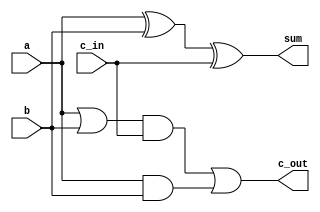
module full_adder_gate(a, b ,c_in, sum, c_out);

input a ,b , c_in;
output sum, c_out;
wire w1, w2, w3, w4;

xor xor$0(w1, a, b);
xor xor$1(sum, w1, c_in);
or or1(w2,a,b);
and and$0(w3,w2,c_in);
and and$1(w4,a,b);
or or$1(c_out,w3,w4);

endmodule